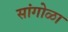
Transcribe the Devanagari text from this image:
सांगोळा